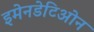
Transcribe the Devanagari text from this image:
इमेनडेटिओन